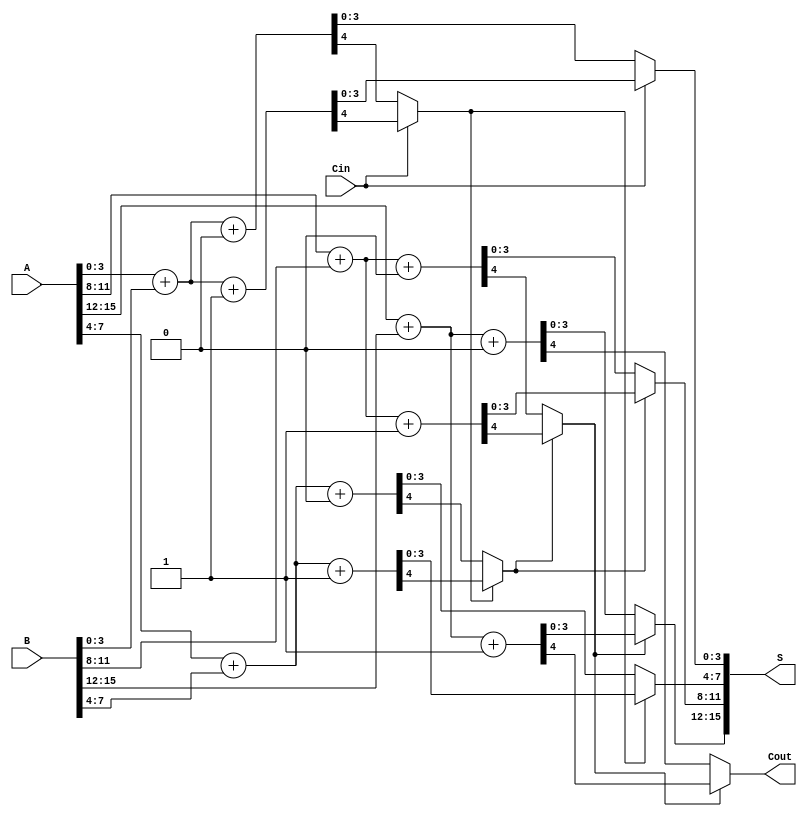
module CarrySelectAdder #(parameter n = 16, parameter k = 4) (
    input [n-1:0] A,      // First n-bit input
    input [n-1:0] B,      // Second n-bit input
    input Cin,            // Input carry
    output [n-1:0] S,     // n-bit sum output
    output Cout           // Output carry
);

    // Number of segments
    localparam num_segments = n / k;

    // Intermediate signals
    wire [k-1:0] sum0 [0:num_segments-1]; // Sum when Cin = 0
    wire [k-1:0] sum1 [0:num_segments-1]; // Sum when Cin = 1
    wire carry0 [0:num_segments-1];        // Carry out when Cin = 0
    wire carry1 [0:num_segments-1];        // Carry out when Cin = 1
    wire carry_in [0:num_segments];         // Carry in for each segment

    // Generate carry for each segment
    assign carry_in[0] = Cin; // Initial carry in for the first segment

    genvar i;
    generate
        for (i = 0; i < num_segments; i = i + 1) begin : segment
            // Calculate sums and carries for Cin = 0
            assign {carry0[i], sum0[i]} = A[i*k +: k] + B[i*k +: k] + 1'b0;
            // Calculate sums and carries for Cin = 1
            assign {carry1[i], sum1[i]} = A[i*k +: k] + B[i*k +: k] + 1'b1;

            // Select the appropriate sum and carry for the current segment
            if (i == 0) begin
                assign S[i*k +: k] = (carry_in[i] == 1'b0) ? sum0[i] : sum1[i];
                assign carry_in[i + 1] = (carry_in[i] == 1'b0) ? carry0[i] : carry1[i];
            end else begin
                assign S[i*k +: k] = (carry_in[i] == 1'b0) ? sum0[i] : sum1[i];
                assign carry_in[i + 1] = (carry_in[i] == 1'b0) ? carry0[i] : carry1[i];
            end
        end
    endgenerate

    // Final carry out
    assign Cout = carry_in[num_segments];

endmodule